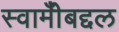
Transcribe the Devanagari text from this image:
स्वामीँबद्दल